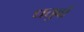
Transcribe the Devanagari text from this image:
धतुवों